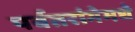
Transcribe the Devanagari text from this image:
पर्वतरांगेमधे